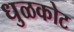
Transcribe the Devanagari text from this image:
धुळकोट